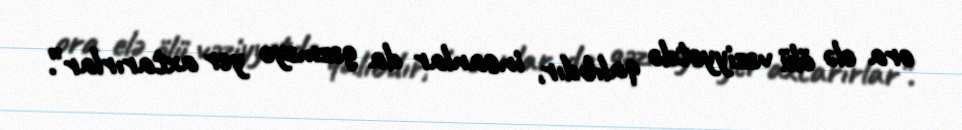
ora elə ölü vəziyyətdə qalıbdır, insanlar da gəzməyə yer axtarırlar”.